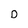
Character: D